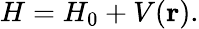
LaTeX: H=H_{0}+V(\mathbf{r}).